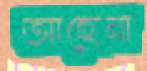
আহেনা